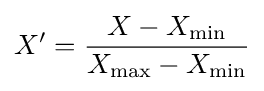
X'={\frac {X-X_{\min }}{X_{\max }-X_{\min }}}